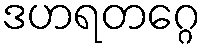
ဒဟရတဂ္ဂေ